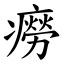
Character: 癆